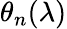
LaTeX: \theta_{n}(\lambda)